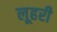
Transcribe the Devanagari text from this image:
लूहरी